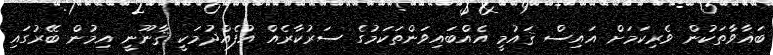
ބަޣާވާތަކުން ވެރިކަމަށް އައިސް ޤައުމީ އެއްބައިވަންތަކަމުގެ ސަރުކާރެއް އުފެއްދުމަކީ ޤާނޫނީ އިމުން ބޭރުގައި